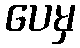
ပေမှ